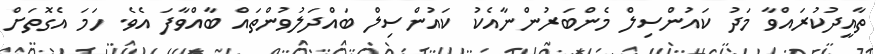
ތާއީދުކުރައްވާ މަދު ކައުންސިލް މެންބަރުންނާއެކު ކައުންސިލް ބައްދަލުވުންތައް ބާއްވާފަ އެވެ. ހަމަ އެގޮތަށް